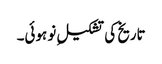
تاریخ کی تشکیلِ نو ہوئی۔